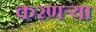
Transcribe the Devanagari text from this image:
करणर्‍या